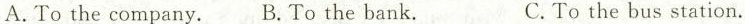
A.To the company. B.To the bank. C.To the bus station.